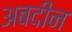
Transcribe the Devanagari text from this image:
अबदीन